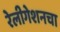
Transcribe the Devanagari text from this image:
रेलीगेशनचा